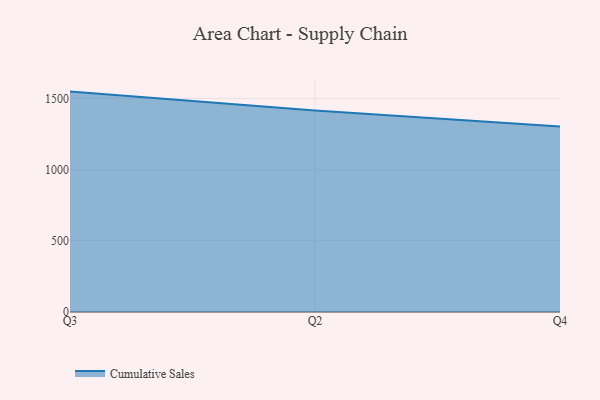
{"axis": {"x": "Quarter", "y": "LTV (USD)"}, "legend": ["Cumulative Sales"], "data": [{"x": "Q3", "y": 1548.2, "type": "Cumulative Sales"}, {"x": "Q2", "y": 1414.7, "type": "Cumulative Sales"}, {"x": "Q4", "y": 1303.4, "type": "Cumulative Sales"}]}